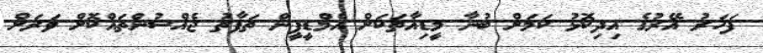
ފަހަރު އޭރުގެ އިދިކޮޅު ކަމަށް ބުނާ މީޑިއާތަކަށް އެމްޑީޕީން ތަފާތު ޖެއްސުންތައްކޮށް ވަރަށް